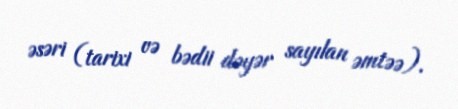
əsəri (tarixi və bədii dəyər sayılan əmtəə).